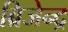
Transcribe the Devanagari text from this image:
ब्रिजेन्द्र